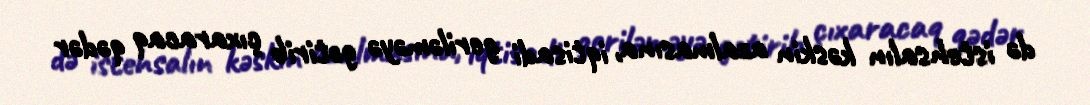
də istehsalın kəskin azalmasına, iqtisadi geriləməyə gətirib çıxaracaq qədər